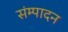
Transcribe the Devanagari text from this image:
संम्पादन